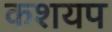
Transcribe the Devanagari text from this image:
कशयप